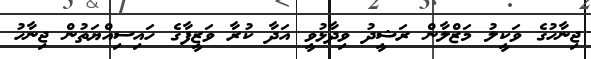
ޖިނާހުގެ ވަކީލު މަޒްލާން ރަޝީދު ވިދާޅުވީ އަދާ ކުރާ ވަޒީފާގެ ހައިސިއްޔަތުން ޖިނާހު